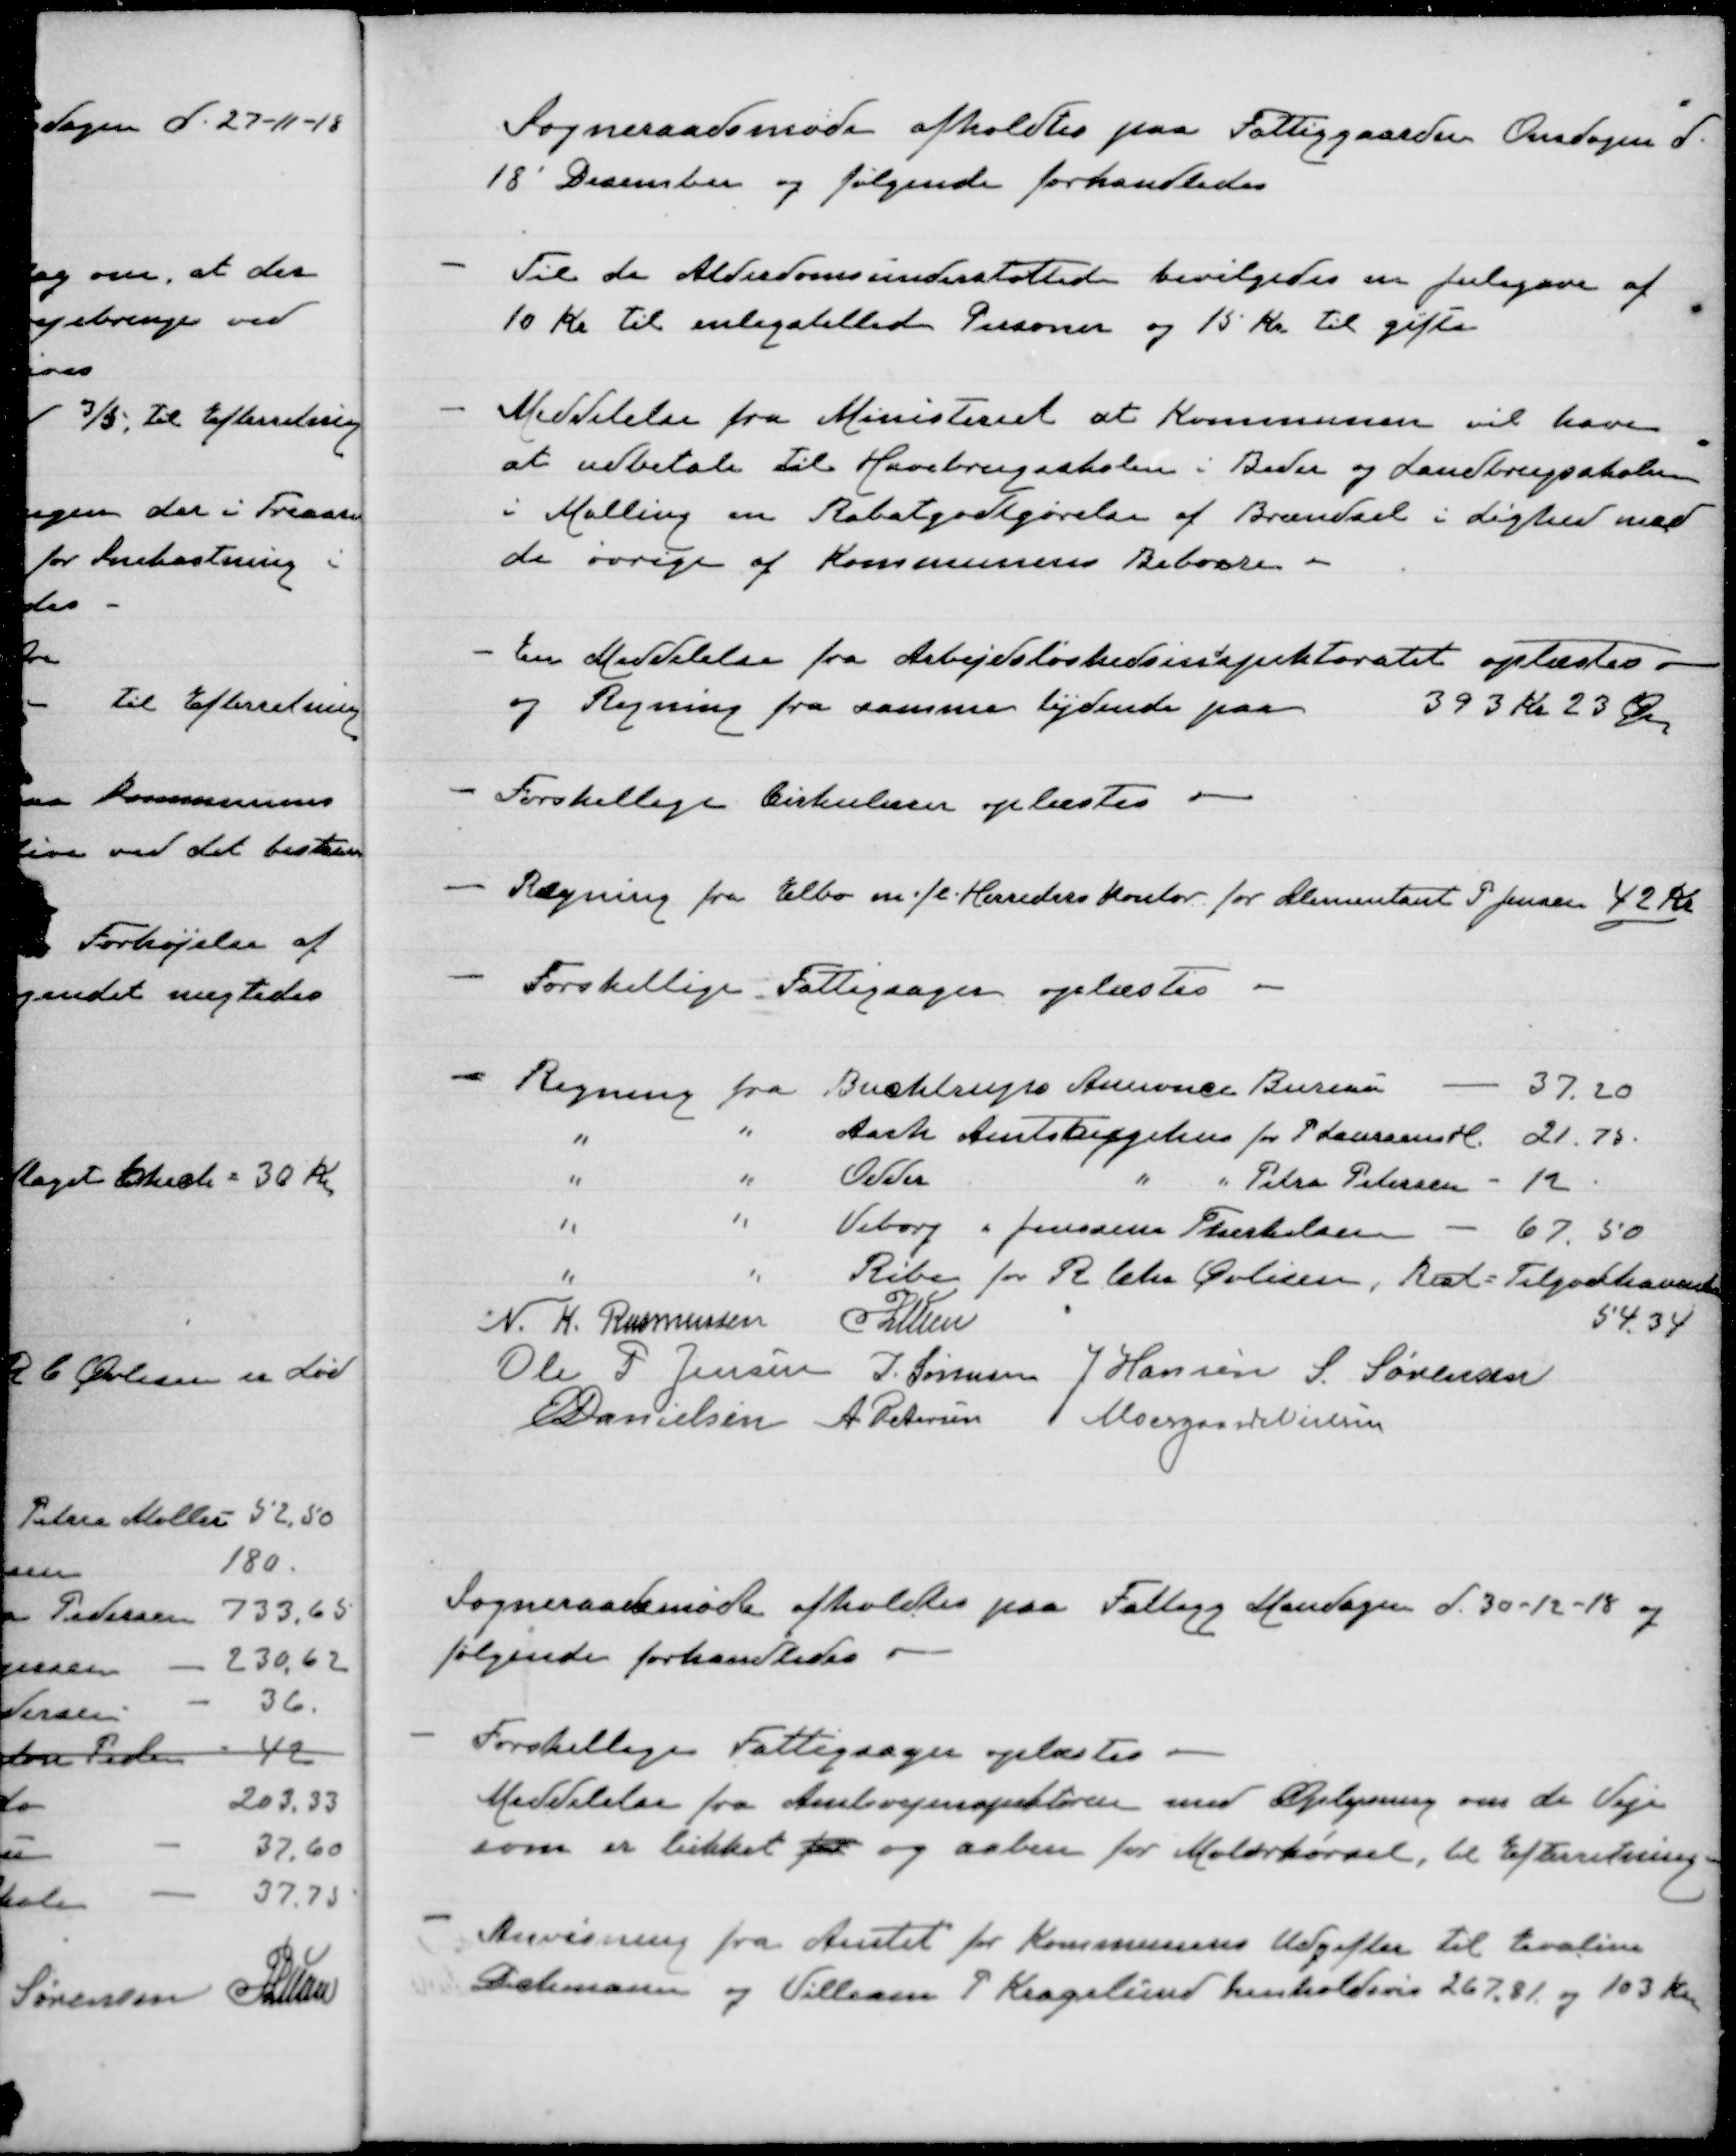
Transskription:
Sogneraadsmøde afholdtes paa Fattiggaarden Onsdagen d.
18' December og følgende forhandledes

Til de Alderdomsunderstøttede bevilgedes en julegave af
10 kr til enligstillede Personer og 15 kr til gifte

Meddelelse fra Ministeriet at Kommunen vil have
at udbetale til Havebrugsskolen i Beder og Landbrugsskolen
i Malling en Rabatgodtgørelse af Brændsel i Lighed med
de øvrige af Kommunens beboere

En Meddelelse fra Arbejdsløshedsinspektoratet oplæstes
og Regning fra samme lydende paa
393 Kr 23 φ

Forskellige Cirkulærer oplæstes

Regning fra Elbo m.fl. Herreders kontor for Alimentant P Jensen 42 kr

Forskellige Fattigsager oplæstes

Regning fra Buchtrups Annonce Bureau
37.20
"
" Aarh. Amtssygehus for P Laursens H 21.75
"
" Odder
" " Petra Petersen - 12
"
"
Viborg " Jenssine Therkelsen - 67.50
"
"
Ribe for R Chr Øvlisen,  = Tilgodehavende
54.34
N. K. Rasmussen
P Lunn
Ole P Jensen
J Sørensen
J Hansen
S Sørensen
E Danielsen
A Petersen
Moesgaard Nielsen

Sogneraadsmøde afholdtes paa Fattigg. Mandagen d. 30-12-18 og
følgende forhandledes

Forskellige Fattigsager oplæstes
Meddelelse fra Amtsvejinspektøren med Oplysning om de Veje
som er lukket for og aaben for Motorkørsel, til Efterretning

Anvisning fra Amtet for Kommunens Udgifter til Evaline
Dichmann og Villiam P Kragelund henholdsvis 267.81 og 103 kr